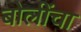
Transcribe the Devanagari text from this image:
बोलींचा